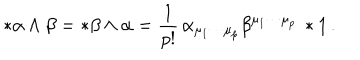
LaTeX: * \alpha \wedge \beta = * \beta \wedge \alpha = \frac { 1 } { p ! } \, \alpha _ { \mu _ { 1 } \cdots \mu _ { p } } \beta ^ { \mu _ { 1 } \cdots \mu _ { p } } \, * 1 \, .